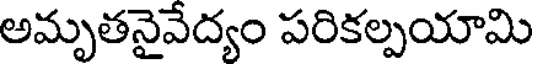
అమృతనైవేద్యం పరికల్పయామి